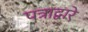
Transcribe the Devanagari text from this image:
पत्राद्वारे